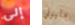
إلى مليوني